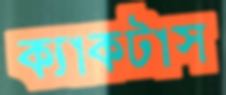
ক্যাকটাস